Lunatic asylums in Bengal annual reports 1899-1911 - 1899-1911
Year: 1899
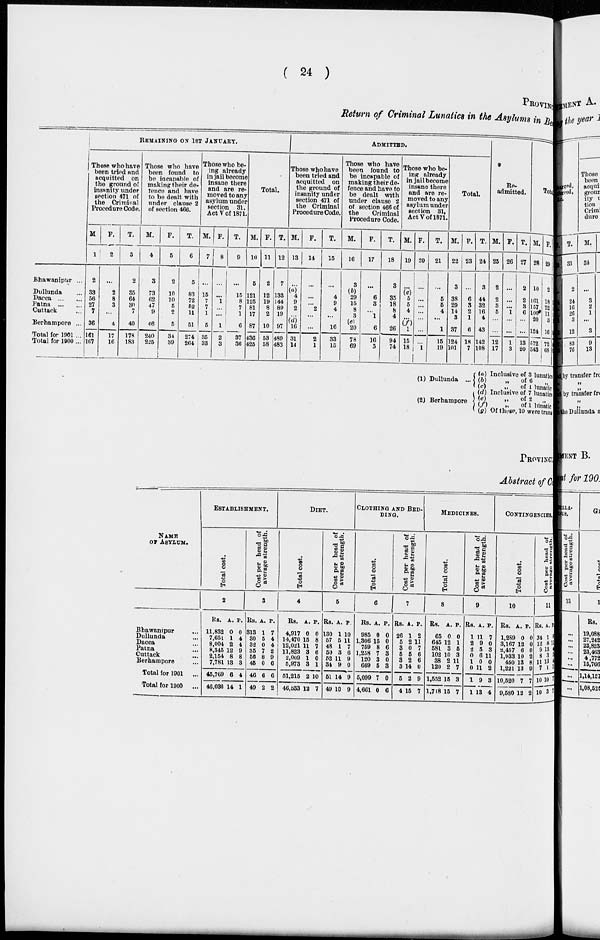
( 24 )
PROVINC
Return of Criminal Lunatics in the Asylums in Be
Bhawanipur ...
Dullunda ...
Dacca
...
Patna
...
Cuttack ...
Berhampore ...
Total for 1901 ...
Total for 1900 ...
REMAINING ON 1ST JANUARY.
Those who have
been tried and
acquitted
on
the ground of
insanity under
section 471 of
the
Criminal
Procedure Code.
M.
1
2
33
56
27
7
36
161
167
F.
2
...
2
8
3
...
4
17
16
T.
3
2
35
64
30
7
40
178
183
Those who have
been found
to
be incapable of
making their de-
fence and have
to be dealt with
under clause 2
of section 466.
M.
4
3
73
62
47
9
46
240
225
F.
5
2
10
10
5
2
5
34
39
T.
6
5
83
72
52
11
51
274
264
Those who be-
ing already
in jail become
insane there
and are re-
moved to any
asylum under
section 31.
Act V of 1871.
M.
7
...
15
7
7
1
5
35
33
F.
8
...
...
1
...
...
1
2
3
T.
9
...
15
8
7
1
6
37
36
Total.
M.
10
5
121
125
81
17
87
436
425
F.
11
2
12
19
8
2
10
53
58
T.
12
7
133
144
89
19
97
489
483
ADMITTED.
Those who have
been tried and
acquitted
on
the ground of
insanity under
section 471 of
the Criminal
Procedure Code.
M.
13
...
(a)
4
9
2
...
(d)
16
31
14
F.
14
...
...
...
2
...
...
2
1
T.
15
...
4
9
4
...
16
33
15
Those who have
been found to
be incapable of
making their de-
fence and have to
be dealt with
under clause 2
of section 466 of
the
Criminal
Procedure Code.
M.
16
3
(b)
29
15
8
3
(e)
20
78
69
F.
17
...
6
3
...
1
6
16
5
T.
18
3
35
18
8
4
26
94
74
Those who be-
ing already
in jail become
insane there
and are re-
moved to any
asylum under
section 31,
Act V of 1871.
M.
19
...
(c)
5
5
4
...
(f) 1
15
18
F.
20
...
...
...
...
...
...
...
1
T.
21
...
5
5
4
...
1
15
19
Total.
M.
22
3
38
29
14
3
37
124
101
F.
23
...
6
3
2
1
6
18
7
T.
24
3
44
32
16
4
43
142
108
Re-
admitted.
M.
25
2
2
3
5
...
...
12
17
F.
26
...
...
...
1
...
...
1
3
T.
27
2
2
3
6
...
...
13
20
Total.
M.
28
10
161
157
100
20
124
572
543
F.
29
2
18
22
11
3
16
72
68
T.
57
12
179
179
111
23
140
644
611
(1) Dullunda ...
(2) Berhampore
(a) Inclusive of 3 lunatics
(b)
„
of 6
„
(c)
„
of 1 lunatic
(d) Inclusive of 7 lunatics
(e)
„
of 2 „
(f)
„
of 1 lunatic
(g) Of these, 10 were trans
PROVINCI
Abstract of Co
NAME
OF ASYLUM.
Bhawanipur ...
Dullunda ...
Dacca ...
Patna ...
Cuttack ...
Berhampore ...
Total for 1901
...
Total for 1000
...
ESTABLISHMENT.
Total cost.
2
Rs.
11,832
7,651
8,004
8,345
2,154
7,781
45,769
46,030
A.
0
1
2
12
8
13
6
14
P.
0
4
4
9
8
3
4
1
Cost per head of
average strength.
3
Rs.
313
30
32
35
56
45
46
49
A.
1
5
0
7
8
0
6
2
P.
7
4
4
2
9
6
6
2
DIET.
Total cost.
4
Rs.
4,917
14,470
12,021
11,823
2,009
5,973
51,215
46,533
A.
0
15
11
3
1
3
2
12
P.
0
8
7
6
0
1
10
7
Cost per head of
average strength.
5
Rs.
130
57
48
50
52
34
51
49
A.
1
5
1
3
11
9
14
10
P.
10
11
7
6
9
0
9
9
CLOTHING AND BED-
-----
Total cost.
6
Rs.
985
1,306
759
1,258
120
669
6,099
4,661
A.
0
15
8
7
3
5
7
0
P.
0
0
6
3
0
3
0
6
Cost per head of
average strength.
7
Rs.
26
5
3
5
3
3
5
4
A.
1
2
0
5
2
14
2
15
P.
2
11
7
6
6
0
9
7
MEDICINES.
Total cost.
8
Rs.
65
645
581
102
38
120
1,552
1,718
A.
0
12
3
10
2
2
15
15
P.
0
1
5
3
11
7
3
7
Cost per head of
average strength.
9
Rs.
1
2
2
0
1
0
1
1
A.
11
9
5
6
0
11
9
13
P.
7
0
3
11
0
2
3
4
CONTINGENCIES.
Total cost.
10
Rs.
1,289
3,167
3,457
1,933
450
1,221
10,520
9,580
A. 1
0
12
6
10
13
13
7
12
P.
0
0
0
2
8
9
7
2
Cost per head of
average strength.
11
Rs.
34
12
9
8
11
7
10
10
A.
1
8
13
3
13
1
10
3
P.
6
11
4
5
4
1
7
7